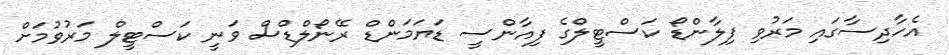
އެހާދިސާގައި މަރުވި ފިލާންޑޯ ކަސްޓީލްގެ ފިއާންސީ ޑަޔަމަންޑް ރޭނޯލްޑްސް ވަނީ ކަސްޓީލް މަރުވުމަށް